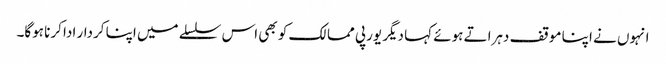
انہوں نے اپنا موقف دہراتے ہوئے کہا دیگر یورپی ممالک کو بھی اس سلسلے میں اپنا کردار ادا کرنا ہوگا۔